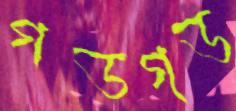
গডগড